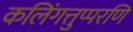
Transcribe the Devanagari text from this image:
कलिंगत्तुप्परणि